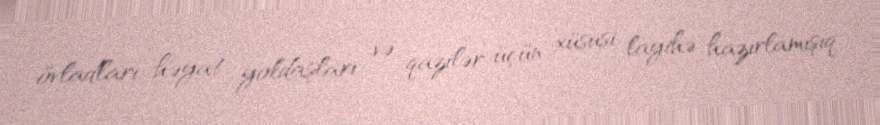
övladları, həyat yoldaşları və qazilər üçün xüsusi layihə hazırlamışıq.